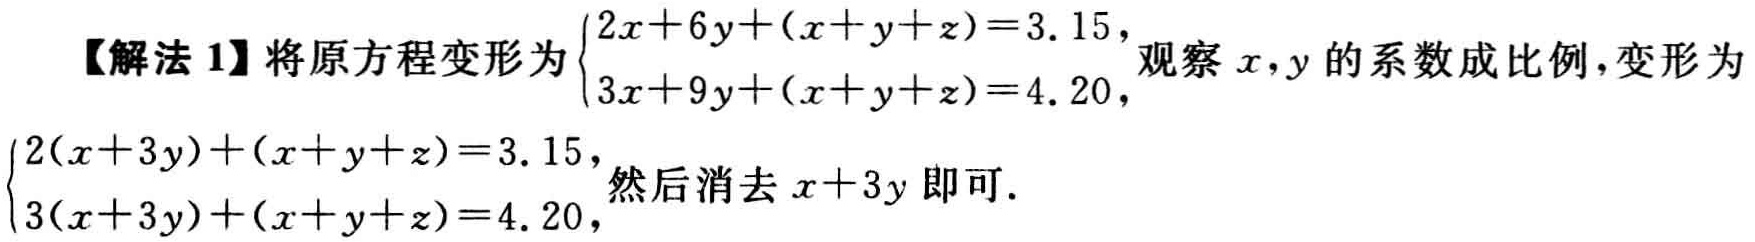
【解法 1】将原方程变形为\(\begin{cases}2x + 6y+(x + y + z)=3.15,\\3x + 9y+(x + y + z)=4.20,\end{cases}\)观察\(x,y\)的系数成比例，变形为\(\begin{cases}2(x + 3y)+(x + y + z)=3.15,\\3(x + 3y)+(x + y + z)=4.20,\end{cases}\)然后消去\(x + 3y\)即可.